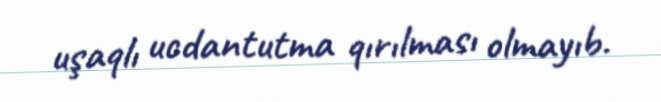
uşaqlı ucdantutma qırılması olmayıb.